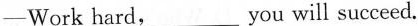
---Work hard,______you will succeed.